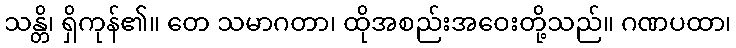
သန္တိ၊ ရှိကုန်၏။ တေ သမာဂတာ၊ ထိုအစည်းအဝေးတို့သည်။ ဂဏပထာ၊